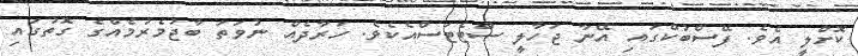
ކޮށްލީ އެވެ. ފޭސްބުކްގައި އޭނާ ޖަހާލީ ސްޓެޓަސްއެކެވެ. ހަރާދެއް ނުވަތަ ބާޖުމެރުމެއްގެ ގޮތުގައި